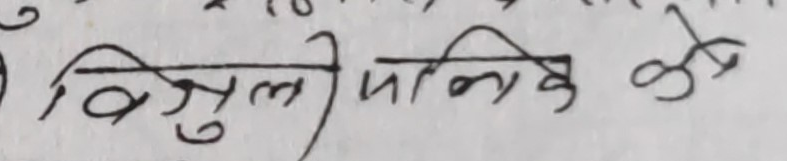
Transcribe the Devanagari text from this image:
बिजुली पालिका के